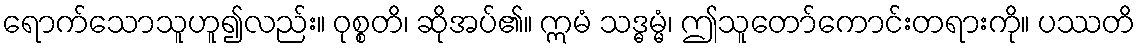
ရောက်သောသူဟူ၍လည်း။ ဝုစ္စတိ၊ ဆိုအပ်၏။ ဣမံ သဒ္ဓမ္မံ၊ ဤသူတော်ကောင်းတရားကို။ ပဿတိ